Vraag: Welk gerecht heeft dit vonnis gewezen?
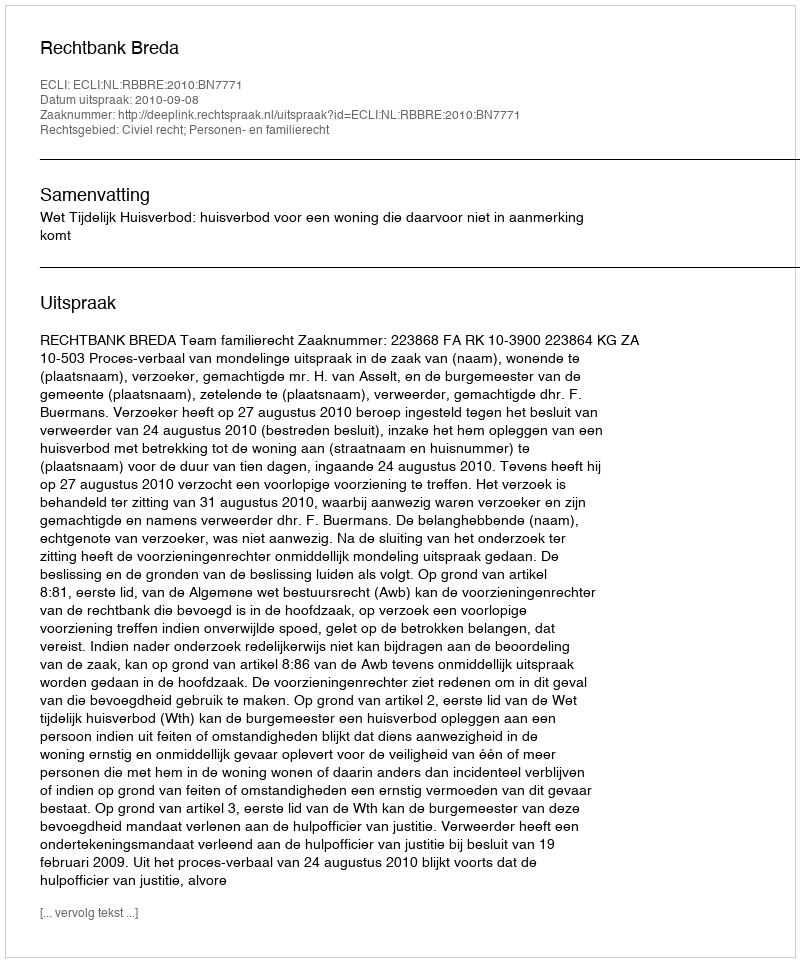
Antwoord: Rechtbank Breda